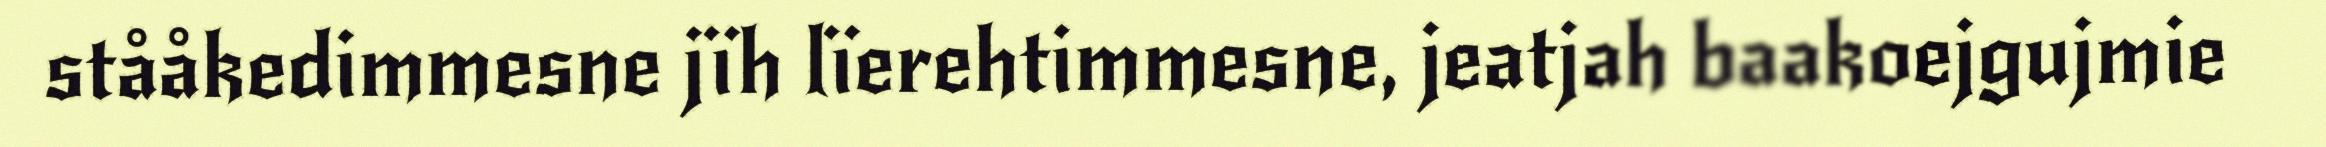
stååkedimmesne jïh lïerehtimmesne, jeatjah baakoejgujmie